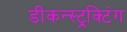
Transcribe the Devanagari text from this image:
डीकन्स्ट्रक्टिंग